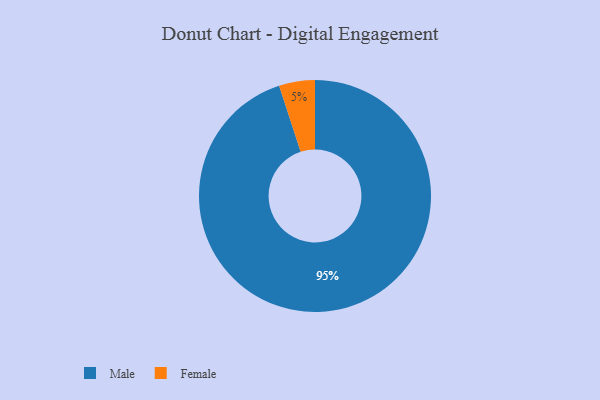
{"axis": {"x": "Category", "y": "Percentage"}, "legend": ["Female", "Male"], "data": [{"x": "Female", "y": 5, "type": "Female"}, {"x": "Male", "y": 95, "type": "Male"}]}